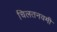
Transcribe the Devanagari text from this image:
चिलतनवमी